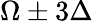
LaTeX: \Omega\pm 3\Delta